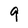
Character: 9